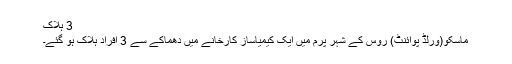
3 ہلاک
ماسکو(ورلڈ پوائنٹ) روس کے شہر پرم میں ایک کیمیاساز کارخانے میں دھماکے سے 3 افراد ہلاک ہو گئے۔